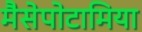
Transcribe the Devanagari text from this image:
मैसेपोटामिया